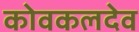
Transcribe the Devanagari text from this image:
कोवकलदेव